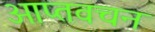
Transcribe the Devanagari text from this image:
आप्तवचन